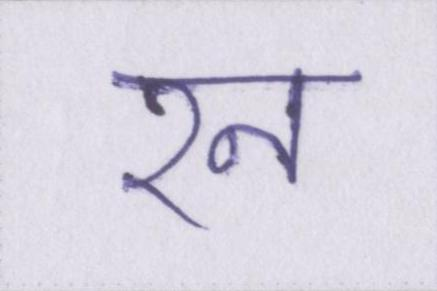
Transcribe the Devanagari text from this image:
रन